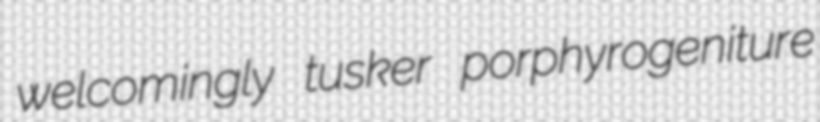
welcomingly tusker porphyrogeniture